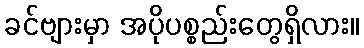
ခင်ဗျားမှာ အပိုပစ္စည်းတွေရှိလား။